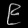
Digit: ၉